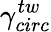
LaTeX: \gamma_{circ}^{tw}